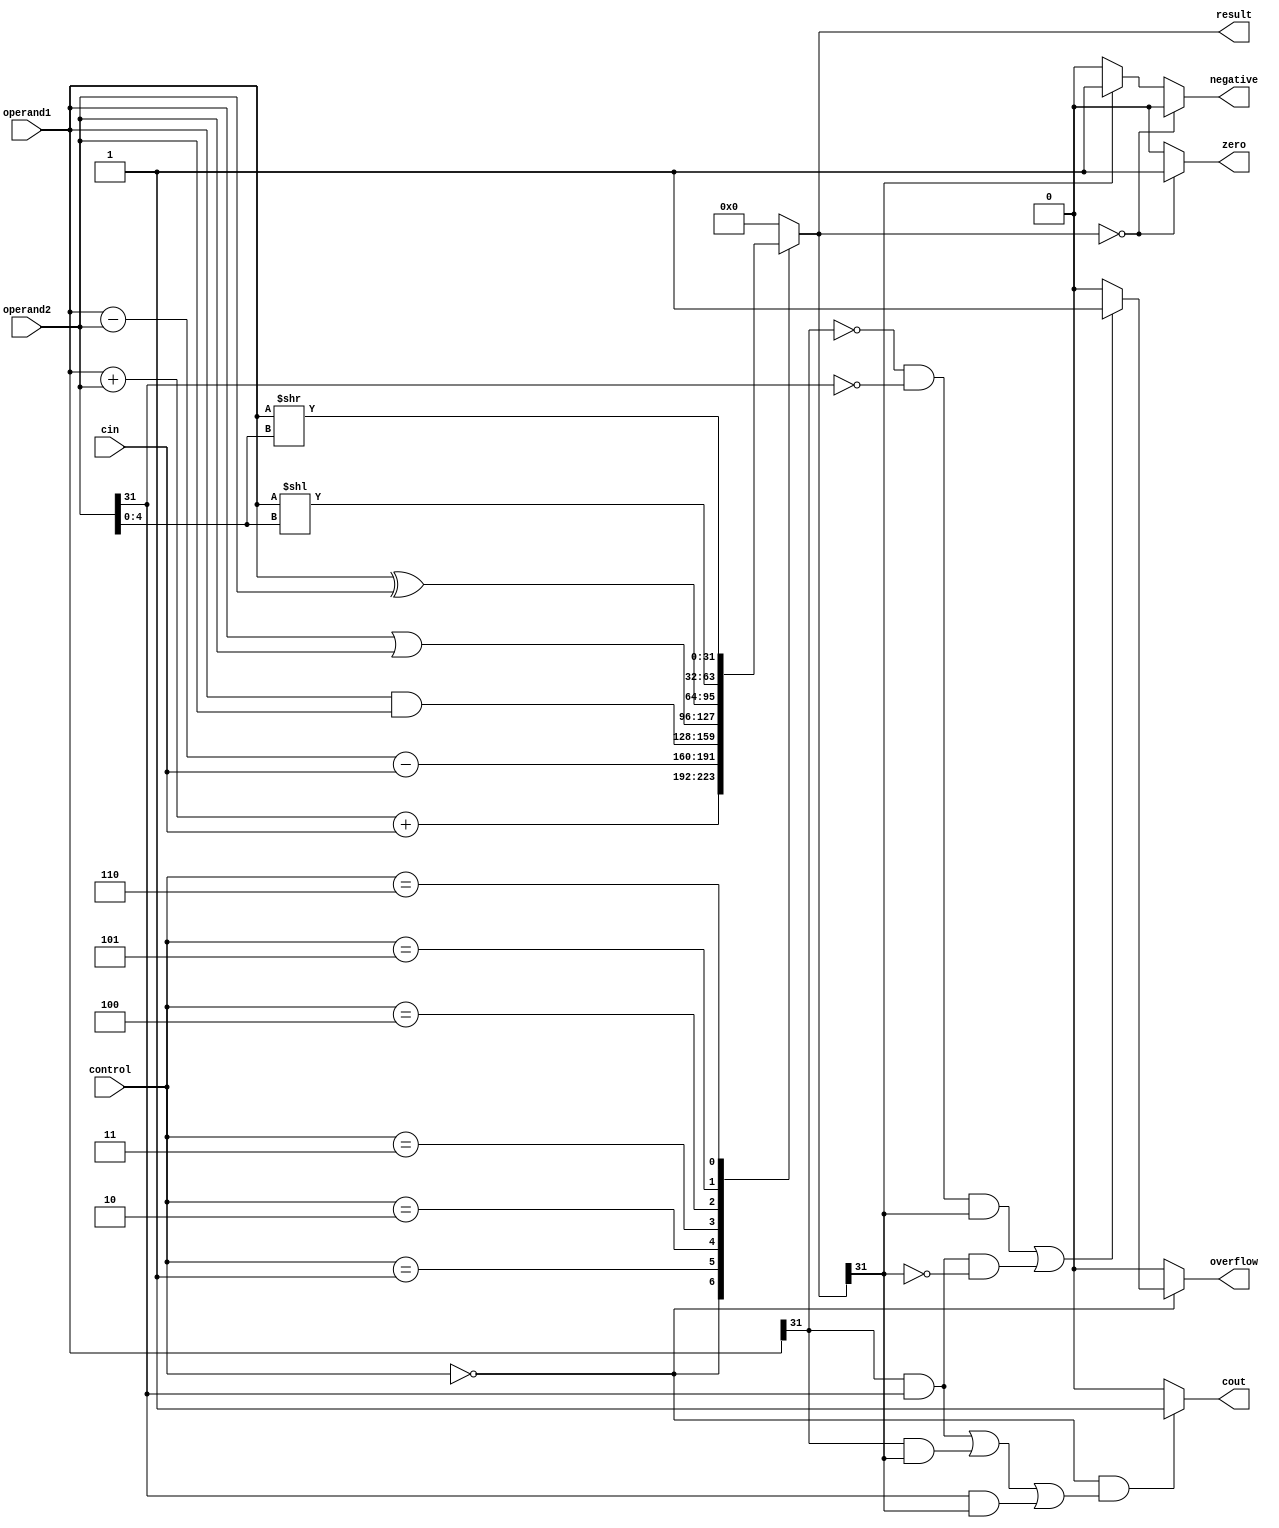
module ALU (
    input [31:0] operand1,
    input [31:0] operand2,
    input [2:0] control,
    input cin,
    output reg [31:0] result,
    output reg overflow,
    output reg zero,
    output reg negative,
    output reg cout
);

always @(*) begin
    overflow = 0;
    zero = 0;
    negative = 0;
    result = 32'b0;
    cout = 0;

    case(control)
        3'b000: result = operand1 + operand2 + cin; // Addition
        3'b001: result = operand1 - operand2 - cin; // Subtraction
        3'b010: result = operand1 & operand2;       // Bitwise AND
        3'b011: result = operand1 | operand2;       // Bitwise OR
        3'b100: result = operand1 ^ operand2;       // Bitwise XOR
        3'b101: result = operand1 << operand2[4:0]; // Shift Left
        3'b110: result = operand1 >> operand2[4:0]; // Shift Right
        default: result = 32'b0;
    endcase

    // Set flags
    if(result == 32'b0) begin
        zero = 1;
    end else if(result[31] == 1) begin
        negative = 1;
    end

    // Calculate overflow for addition
    if(control == 3'b000) begin
        if((operand1[31] == 0 && operand2[31] == 0 && result[31] == 1) || (operand1[31] == 1 && operand2[31] == 1 && result[31] == 0)) begin
            overflow = 1;
        end
    end

    // Calculate carry-out for addition
    if(control == 3'b000 && (operand1[31] && operand2[31] || operand1[31] && result[31] || operand2[31] && result[31])) begin
        cout = 1;
    end
end
endmodule